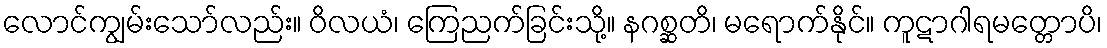
လောင်ကျွမ်းသော်လည်း။ ဝိလယံ၊ ကြေညက်ခြင်းသို့။ နဂစ္ဆတိ၊ မရောက်နိုင်။ ကူဋာဂါရမတ္တောပိ၊